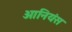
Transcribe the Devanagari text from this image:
ओनियंस